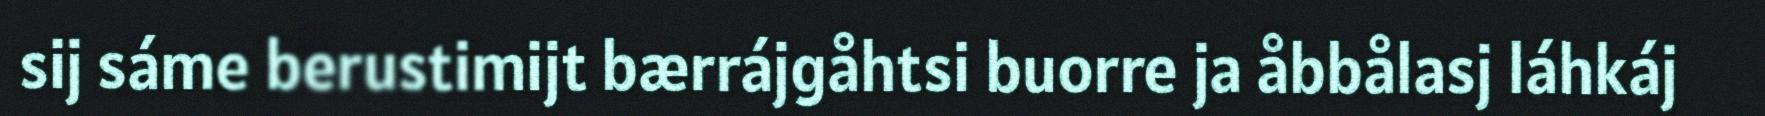
sij sáme berustimijt bærrájgåhtsi buorre ja åbbålasj láhkáj